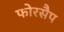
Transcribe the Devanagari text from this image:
फोरसैप